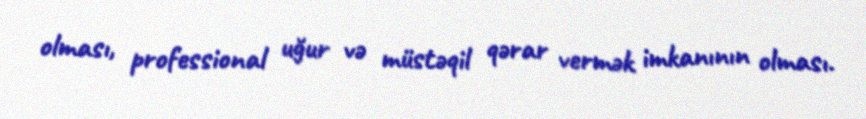
olması, professional uğur və müstəqil qərar vermək imkanının olması.